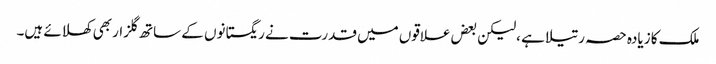
ملک کا زیادہ حصہ رتیلا ہے ،لیکن بعض علاقوں میں قدرت نے ریگستانوں کے ساتھ گلزار بھی کھلائے ہیں۔